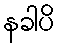
နခါပိ